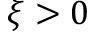
\xi > 0